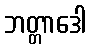
ဘတ္တာဒေါ